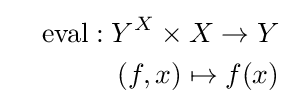
{\begin{aligned}&&{\text{eval}}:Y^{X}\times X\to Y\\&&(f,x)\mapsto f(x)\end{aligned}}